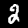
Label: 2